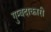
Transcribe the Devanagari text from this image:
गुम्बदाकारी